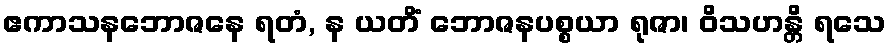
ဧကာသနဘောဇနေ ရတံ, န ယတိံ ဘောဇနပစ္စယာ ရုဇာ၊ ဝိသဟန္တိ ရသေ